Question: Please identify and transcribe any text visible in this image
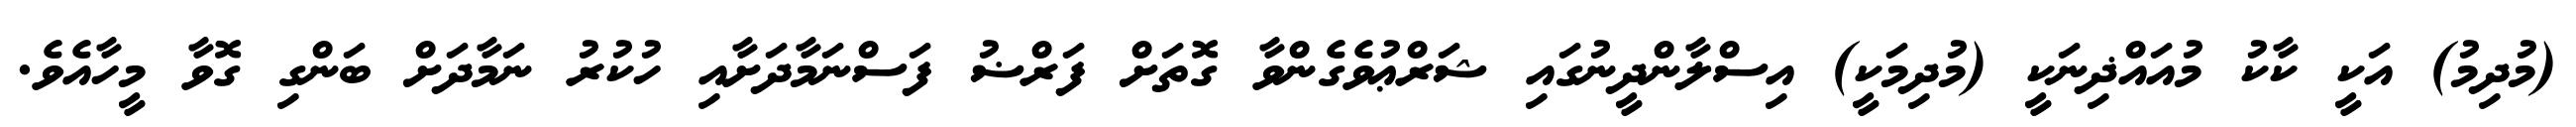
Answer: (މުދިމު) އަކީ ކާކު މުއައްޛިނަކީ (މުދިމަކީ) އިސްލާންދީނުގައި ޝަރްޢުވެގެންވާ ގޮތަށް ފަރްޟު ފަސްނަމާދަށާއި ހުކުރު ނަމާދަށް ބަންގި ގޮވާ މީހާއެވެ.